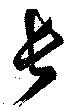
長